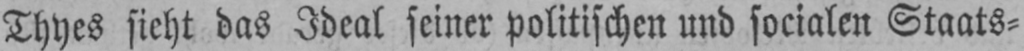
Thyes sieht das Ideal seiner politischen und socialen Staats⸗